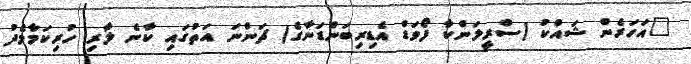
"އަހަރެން ޝައްކު (ސްރީލަންކާ ފޯވަޑް އެޑިރިބަންޑަނާގެ) ޗަންނަ އަތުގައި ކާނެ ލާރި ހުރިކަމާމެދު